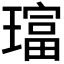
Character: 𱯧